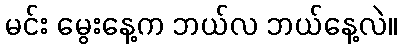
မင်း မွေးနေ့က ဘယ်လ ဘယ်နေ့လဲ။